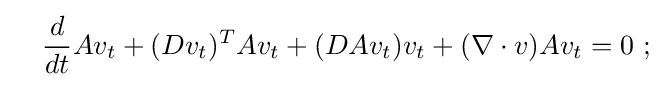
\ \ \ {\frac {d}{dt}}Av_{t}+(Dv_{t})^{T}Av_{t}+(DAv_{t})v_{t}+(\nabla \cdot v)Av_{t}=0\ ;